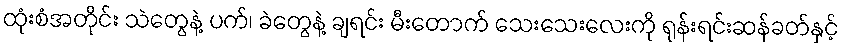
ထုံးစံအတိုင်း သဲတွေနဲ့ ပက်၊ ခဲတွေနဲ့ ချရင်း မီးတောက် သေးသေးလေးကို ရုန်းရင်းဆန်ခတ်နှင့်